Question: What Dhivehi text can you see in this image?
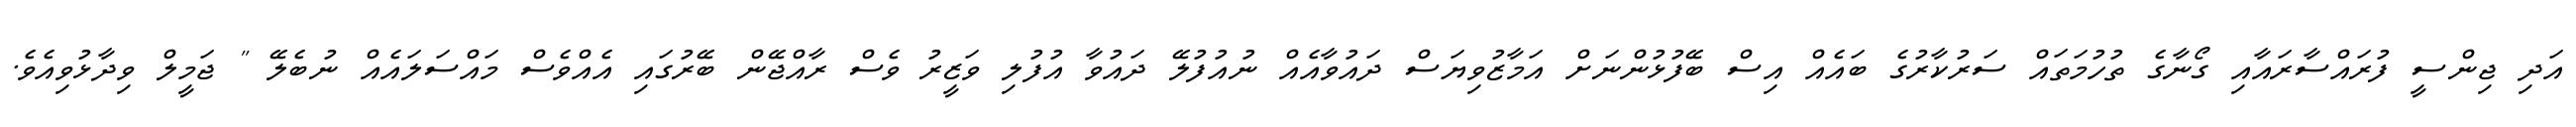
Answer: އަދި ޖިންސީ ފުރައްސާރައާއި ގޯނާގެ ތުހުމަތައް ސަރުކާރުގެ ބައެއް އިސް ބޭފުޅުންނަށް އަމާޒުވިޔަސް ދައުވާއެއް ނުއުފުލޭ ދައުވާ އުފުލި ވަޒީރު ވެސް ރާއްޖޭން ބޭރުގައި އެއްވެސް މައްސަލައެއް ނުބެލޭ " ޖަމީލް ވިދާޅުވިއެވެ.